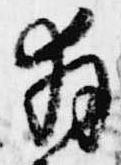
拝